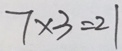
7 \times 3 = 2 1